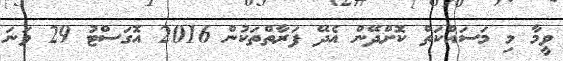
ވީމާ މި މަސައްކަތް ކޮށްދޭން އެދޭ ފަރާތްތަކުން 2016 އޮގަސްޓު 29 ވަނަ